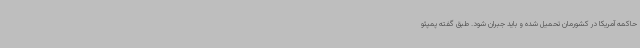
حاکمه آمریکا در کشورمان تحمیل شده و باید جبران شود. طبق گفته پمپئو